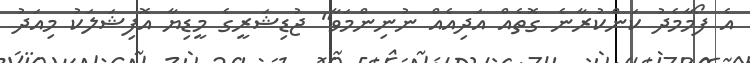
އެ ފޯމާމެދު ކަންކުރާނެ ގޮތެއް އަދިއެއް ނުނިންމަވާ" ޖުޑިޝަރީގެ މީޑިޔާ އޮފިޝަލަކު މިއަދު